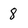
Character: 8